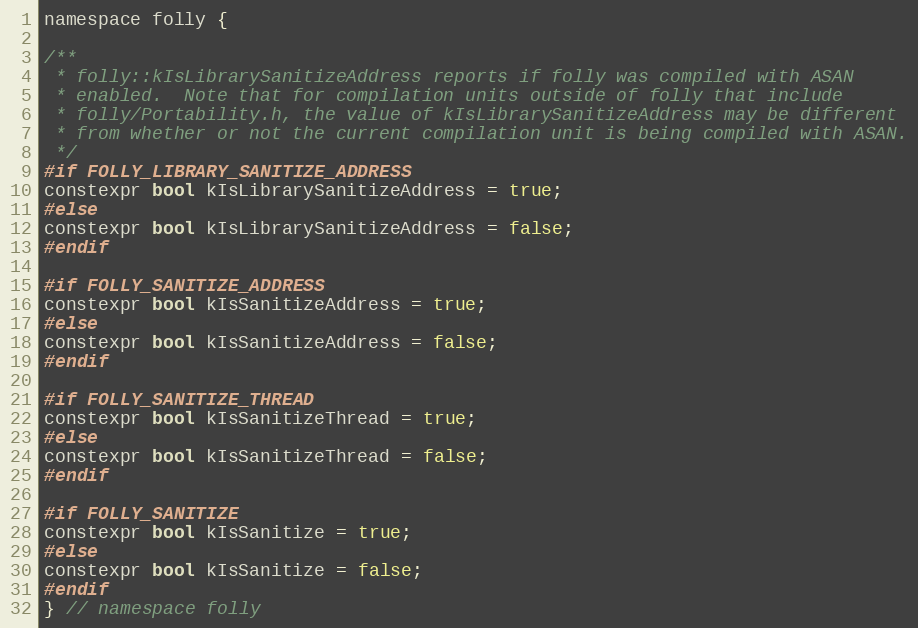
Language: C
namespace folly {

/**
 * folly::kIsLibrarySanitizeAddress reports if folly was compiled with ASAN
 * enabled.  Note that for compilation units outside of folly that include
 * folly/Portability.h, the value of kIsLibrarySanitizeAddress may be different
 * from whether or not the current compilation unit is being compiled with ASAN.
 */
#if FOLLY_LIBRARY_SANITIZE_ADDRESS
constexpr bool kIsLibrarySanitizeAddress = true;
#else
constexpr bool kIsLibrarySanitizeAddress = false;
#endif

#if FOLLY_SANITIZE_ADDRESS
constexpr bool kIsSanitizeAddress = true;
#else
constexpr bool kIsSanitizeAddress = false;
#endif

#if FOLLY_SANITIZE_THREAD
constexpr bool kIsSanitizeThread = true;
#else
constexpr bool kIsSanitizeThread = false;
#endif

#if FOLLY_SANITIZE
constexpr bool kIsSanitize = true;
#else
constexpr bool kIsSanitize = false;
#endif
} // namespace folly